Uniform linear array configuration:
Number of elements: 12
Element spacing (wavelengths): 1
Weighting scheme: hann
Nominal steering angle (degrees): -30
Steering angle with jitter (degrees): -30.982
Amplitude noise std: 0.05
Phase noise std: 0.05

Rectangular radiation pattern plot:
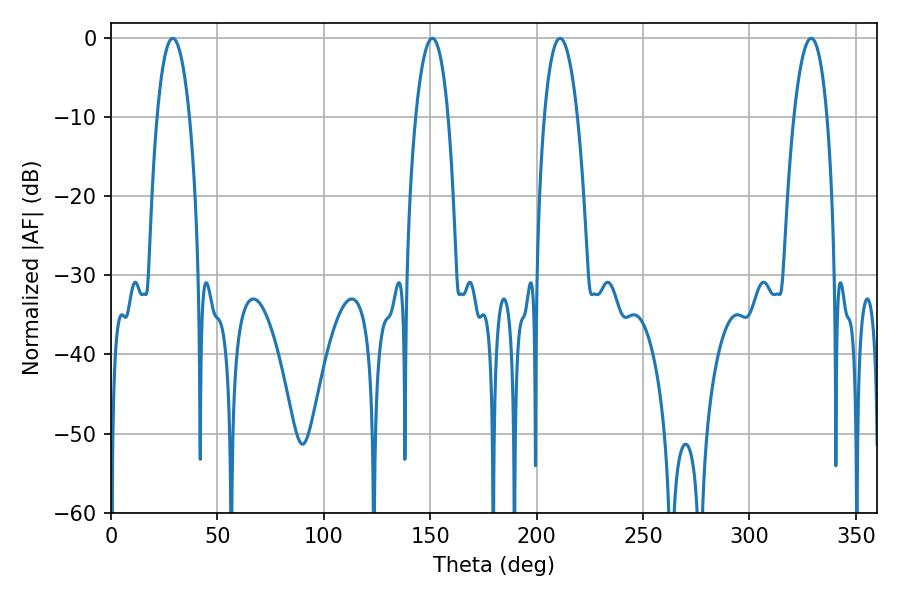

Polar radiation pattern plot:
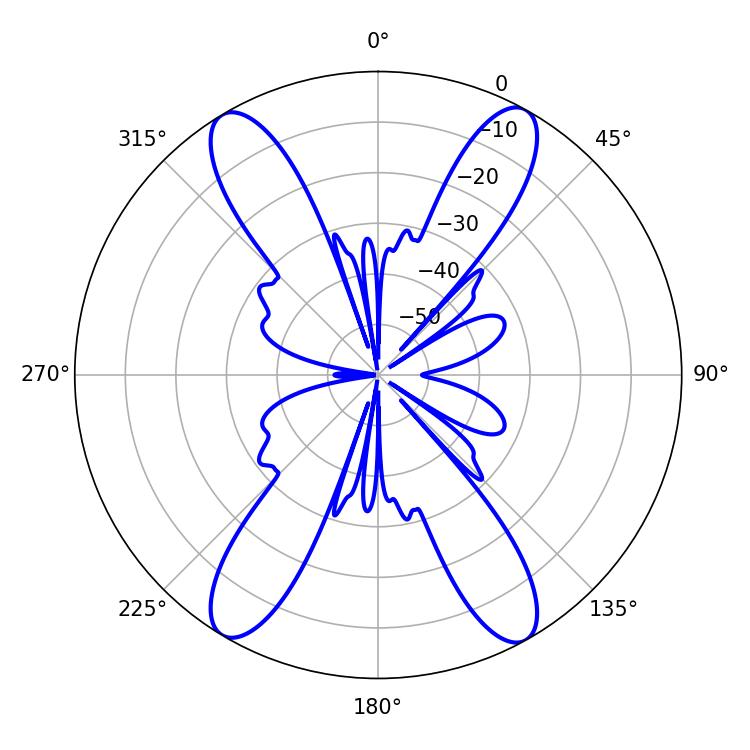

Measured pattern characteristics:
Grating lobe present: TRUE
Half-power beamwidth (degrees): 8.46
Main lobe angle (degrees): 28.98